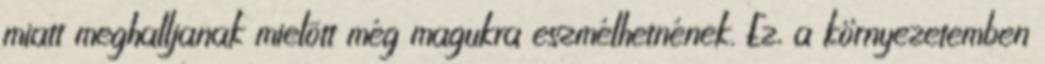
miatt meghalljanak mielõtt még magukra eszmélhetnének. Ez, a környezetemben